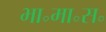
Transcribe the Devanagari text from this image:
भा॰मा॰स॰